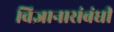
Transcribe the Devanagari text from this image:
विज्ञानासंबंधी